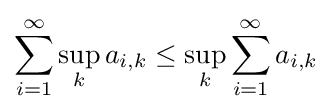
\sum _{i=1}^{\infty }\sup _{k}a_{i,k}\leq \sup _{k}\sum _{i=1}^{\infty }a_{i,k}